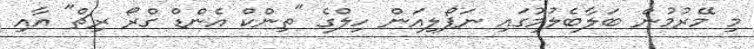
މި މޭރުމުން ބަލާބެލުމުގައި ނަޕޯލިއަން ހިލްގެ "ތިންކް އެންޑް ގްރޯ ރިޗް" އާއި